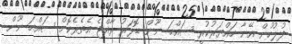
ފުލުހުން އޭނާ ހައްޔަރުކުރީ ސައްޙަ ނޫން ޑޮލަރު ރާއްޖެ އެތެރެކޮށް ސައްޙަ ނޫން